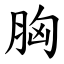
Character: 胸